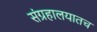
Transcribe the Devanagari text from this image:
संग्रहालयातच